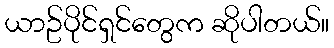
ယာဥ်ပိုင်ရှင်တွေက ဆိုပါတယ်။